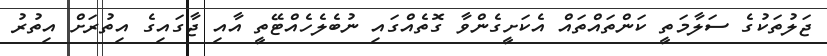
ޖަލުތަކުގެ ސަލާމަތީ ކަންތައްތައް އެކަށީގެންވާ ގޮތެއްގައި ނުބެލެހެއްޓޭތީ އާއި ޖާގައިގެ އިތުރަށް އިތުރު